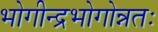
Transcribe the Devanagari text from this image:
भोगीन्द्रभोगोन्नतः